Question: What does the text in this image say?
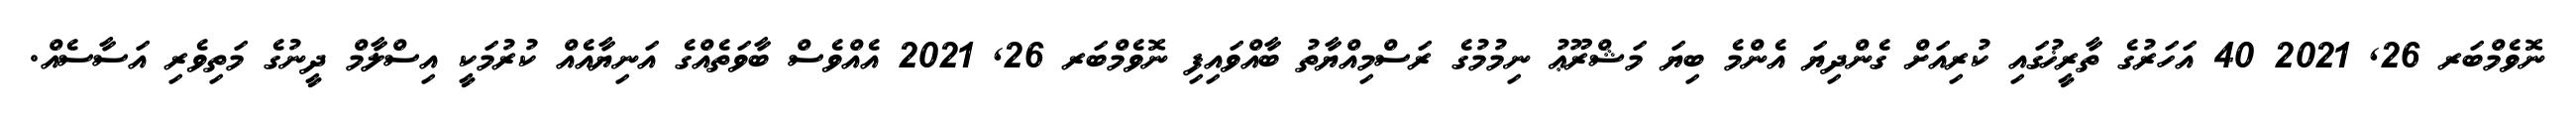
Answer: ނޮވެމްބަރ 26, 2021 40 އަހަރުގެ ތާރީޚުގައި ކުރިއަށް ގެންދިޔަ އެންމެ ބިޔަ މަޝްރޫޢު ނިމުމުގެ ރަސްމިއްޔާތު ބާއްވައިފި ނޮވެމްބަރ 26, 2021 އެއްވެސް ބާވަތެއްގެ އަނިޔާއެއް ކުރުމަކީ އިސްލާމް ދީނުގެ މަތިވެރި އަސާސެއް.